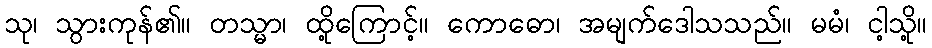
သု၊ သွားကုန်၏။ တသ္မာ၊ ထို့ကြောင့်။ ကောဓော၊ အမျက်ဒေါသသည်။ မမံ၊ ငါ့သို့။